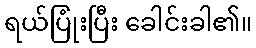
ရယ်ပြုံးပြီး ခေါင်းခါ၏။